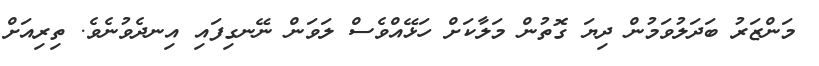
މަންޒަރު ބަދަލުވަމުން ދިޔަ ގޮތުން މަލާކަށް ހަޅޭއްވެސް ލަވަން ނޭނގިފައި އިނދެވުނެވެ. ތިރިއަށް